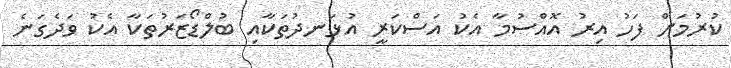
ކުރުމަށް ފަހު އިރު އޮއްސުމާ އެކު އަސްކަރީ އުޅަނދުތަކާއި ބުލްޑޯޒަރުތަކާ އެކު ވަދެގަނެ